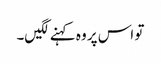
تو اس پر وہ کہنے لگیں۔